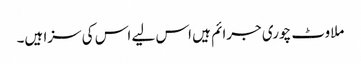
ملاوٹ چوری جرائم ہیں اس لیے اس کی سزا ہیں۔